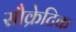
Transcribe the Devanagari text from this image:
सौक्रेटिक